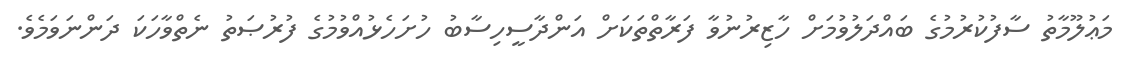
މަޢުލޫމާތު ސާފުކުރުމުގެ ބައްދަލުވުމަށް ހާޒިރުނުވާ ފަރާތްތަކަށް އަންދާސީހިސާބު ހުށަހެޅުއްވުމުގެ ފުރުޞަތު ނެތްވާހަކަ ދަންނަވަމެވެ.